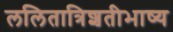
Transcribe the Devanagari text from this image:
ललितात्रिशतीभाष्य